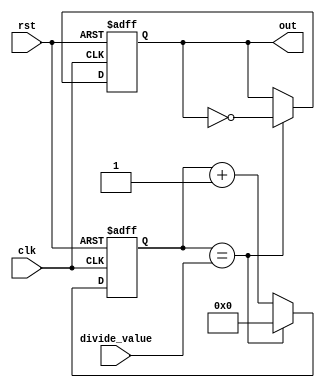
module frequency_divider (
    input clk,
    input rst,
    input [7:0] divide_value,
    output reg out
);

reg [7:0] count;

always @(posedge clk or posedge rst) begin
    if (rst) begin
        count <= 8'b0;
        out <= 1'b0;
    end else begin
        if (count == divide_value) begin
            count <= 8'b0;
            out <= ~out;
        end else begin
            count <= count + 1;
        end
    end
end

endmodule